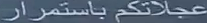
عجلتكم-باستمرار